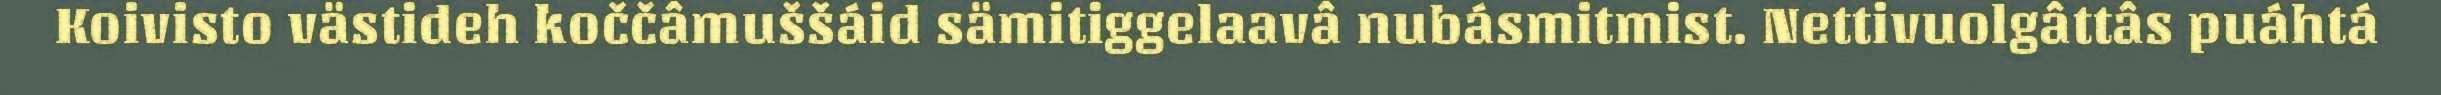
Koivisto västideh koččâmuššáid sämitiggelaavâ nubásmitmist. Nettivuolgâttâs puáhtá